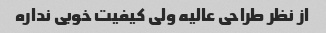
از نظر طراحی عالیه ولی کیفیت خوبی نداره